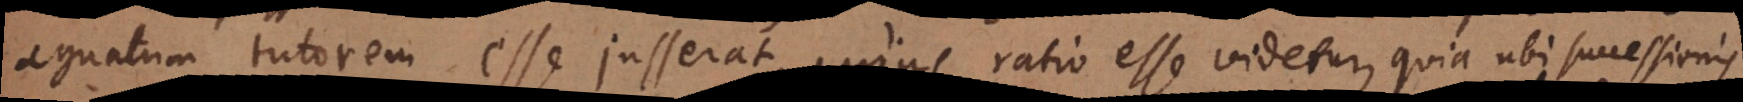
agnatum tutorem esse jusserat, cujus ratio esse videtur, quia ubi successionis